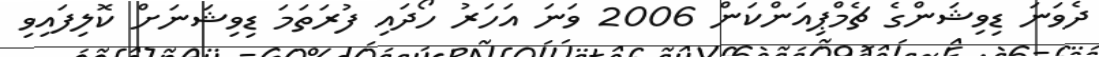
ދެވަނަ ޑިވިޝަންގެ ޗެމްޕިއަންކަން 2006 ވަނަ އަހަރު ހޯދައި ފުރަތަމަ ޑިވިޝަނަށް ކޮލިފައިވި